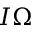
I { \boldsymbol \Omega }